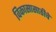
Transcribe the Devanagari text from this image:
विकासासाठीचे